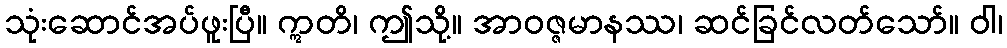
သုံးဆောင်အပ်ဖူးပြီ။ ဣတိ၊ ဤသို့။ အာဝဇ္ဇမာနဿ၊ ဆင်ခြင်လတ်သော်။ ဝါ၊